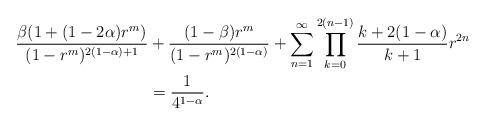
LaTeX: \begin{align*}\frac{\beta(1+(1-2\alpha)r^m)}{(1-r^m)^{2(1-\alpha)+1}} &+\frac{(1-\beta)r^m}{(1-r^m)^{2(1-\alpha)}}+\sum_{n=1}^{\infty} \prod_{k=0}^{2(n-1)}\frac{k+2(1-\alpha)}{k+1}r^{2n}\\ &=\frac{1}{4^{1-\alpha}}.\end{align*}